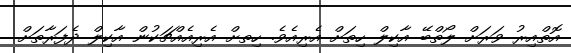
އޮތްއިރު ވަރަށް ލޯތްބޭ އާކިލް ހިތަށް އެރިއެވެ. ހިތށް އެރިއެއްޗަކުން އާކިލް ދެފަރާތަށް